Etiology and epidemiology of plague
Disease focus: Plague
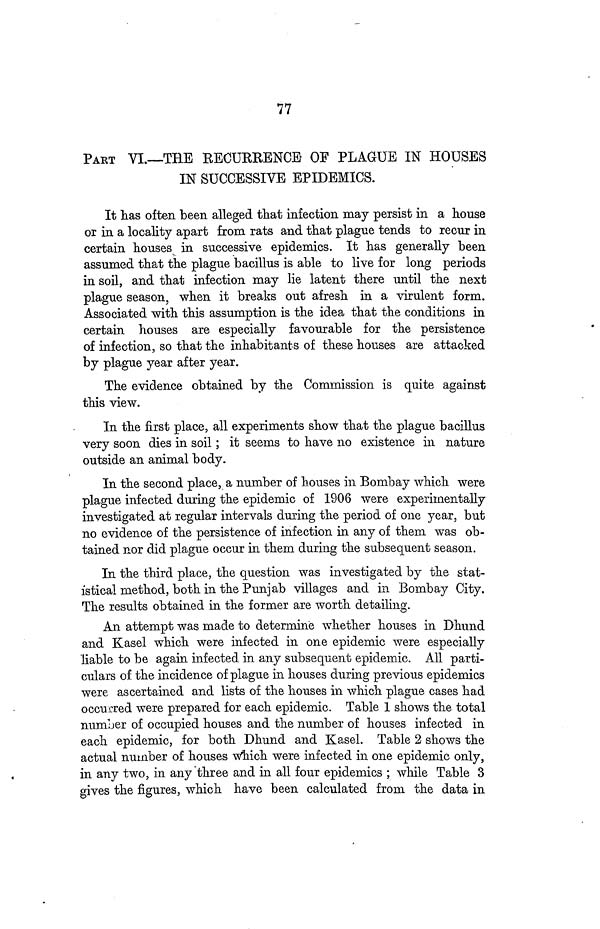
77
PART VI.—THE RECURRENCE OF PLAGUE IN HOUSES
IN SUCCESSIVE EPIDEMICS.
It has often been alleged that infection may persist in a house
or in a locality apart from rats and that plague tends to recur in
certain houses in successive epidemics. It has generally been
assumed that the plague bacillus is able to live for long periods
in soil, and that infection may lie latent there until the next
plague season, when it breaks out afresh in a virulent form.
Associated with this assumption is the idea that the conditions in
certain houses are especially favourable for the persistence
of infection, so that the inhabitants of these houses are attacked
by plague year after year.
The evidence obtained by the Commission is quite against
this view.
In the first place, all experiments show that the plague bacillus
very soon dies in soil; it seems to have no existence in nature
outside an animal body.
In the second place, a number of houses in Bombay which were
plague infected during the epidemic of 1906 were experimentally
investigated at regular intervals during the period of one year, but
no evidence of the persistence of infection in any of them was ob-
tained nor did plague occur in them during the subsequent season.
In the third place, the question was investigated by the stat-
istical method, both in the Punjab villages and in Bombay City.
The results obtained in the former are worth detailing.
An attempt was made to determine whether houses in Dhund
and Kasel which were infected in one epidemic were especially
liable to be again infected in any subsequent epidemic. All parti-
culars of the incidence of plague in houses during previous epidemics
were ascertained and lists of the houses in which plague cases had
occurred were prepared for each epidemic. Table 1 shows the total
number of occupied houses and the number of houses infected in
each epidemic, for both Dhund and Kasel. Table 2 shows the
actual number of houses which were infected in one epidemic only,
in any two, in any three and in all four epidemics ; while Table 3
gives the figures, which have been calculated from the data in